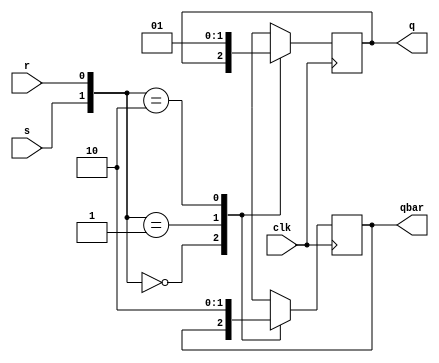
module srff(
    input s,
    input r,
    input clk, 
    output q,
    output qbar
);
wire s, r, clk;
reg q, qbar;

always @ (posedge clk)
    begin 
        case({s,r})
        {1'b0,1'b0}: begin q=q; qbar=qbar; end
        {1'b0,1'b1}: begin q=1'b0; qbar=1'b1; end
        {1'b1,1'b0}: begin q=1'b1; qbar=1'b0; end
        {1'b1,1'b1}: begin q=1'bx; qbar=1'bx; end
        endcase
    end
        
endmodule